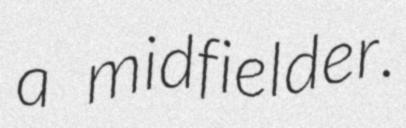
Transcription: a midfielder.